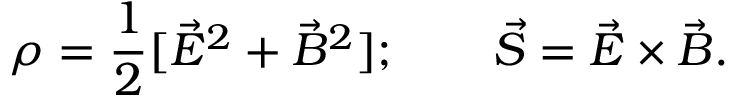
\rho = { \frac { 1 } { 2 } } [ \vec { E } ^ { 2 } + \vec { B } ^ { 2 } ] ; \qquad \vec { S } = \vec { E } \times \vec { B } .